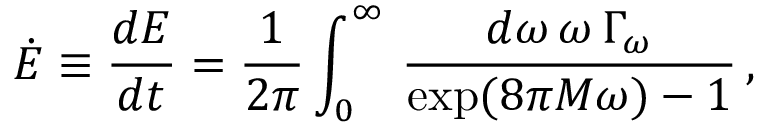
\dot { E } \equiv { \frac { d E } { d t } } = { \frac { 1 } { 2 \pi } } \int _ { 0 } ^ { \infty } \, { \frac { d \omega \, \omega \, \Gamma _ { \omega } } { \exp ( 8 \pi M \omega ) - 1 } } \, ,